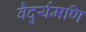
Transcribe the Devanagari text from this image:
वैदुर्यमणि